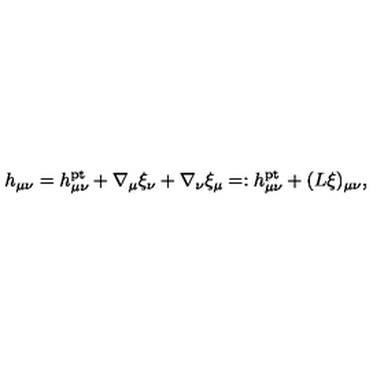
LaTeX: h _ { \mu \nu } = h _ { \mu \nu } ^ { \mathrm { p t } } + \nabla _ { \mu } \xi _ { \nu } + \nabla _ { \nu } \xi _ { \mu } = : h _ { \mu \nu } ^ { \mathrm { p t } } + ( L \xi ) _ { \mu \nu } ,